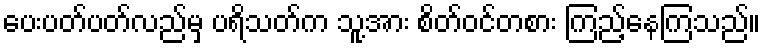
ပေးပတ်ပတ်လည်မှ ပရိသတ်က သူ့အား စိတ်ဝင်တစား ကြည့်နေကြသည်။